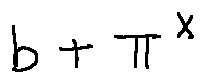
b + \pi ^ { X }